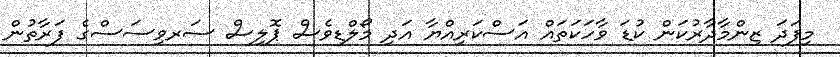
މިފަދަ ޒިންމާދާރުކަން ކުޑަ ވާހަކަތައް އަސްކަރިއްޔާ އަދި މޯލްޑިވެސް ޕޮލިސް ސަރވިސަސްގެ ފަރާތުން